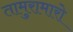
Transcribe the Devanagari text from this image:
तामुरामारो